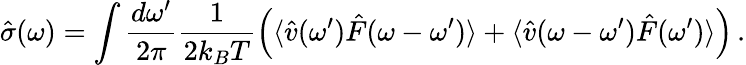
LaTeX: \hat{\sigma}(\omega)=\int\frac{d\omega^{\prime}}{2\pi}\frac{1}{2k_{B}T}\left(\langle\hat{v}(\omega^{\prime})\hat{F}(\omega-\omega^{\prime})\rangle+\langle\hat{v}(\omega-\omega^{\prime})\hat{F}(\omega^{\prime})\rangle\right)\, .